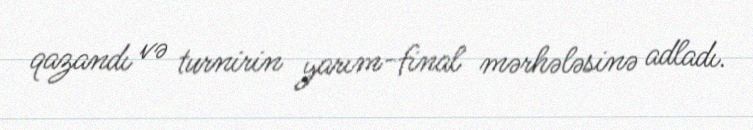
qazandı və turnirin yarım-final mərhələsinə adladı.